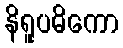
နိရူပဓိကော